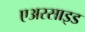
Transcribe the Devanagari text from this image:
एअरसाइड